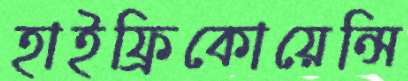
হাইফ্রিকোয়েন্সি